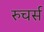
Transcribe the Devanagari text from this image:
रुचर्स